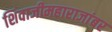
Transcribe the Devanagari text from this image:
शिवाजीमहाराजांबर